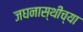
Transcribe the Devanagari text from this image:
जघनास्थीच्या